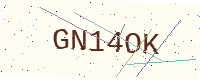
Text: GN14OK